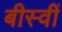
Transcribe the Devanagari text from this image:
बीस्वीं